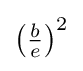
\left({\tfrac {b}{e}}\right)^{2}